Newspaper: The Dallas daily herald. [volume]
Place of publication: Dallas, Tex.
Publisher: Jno. W. Swindells & Co.
Date: 1880-11-17 00:00:00
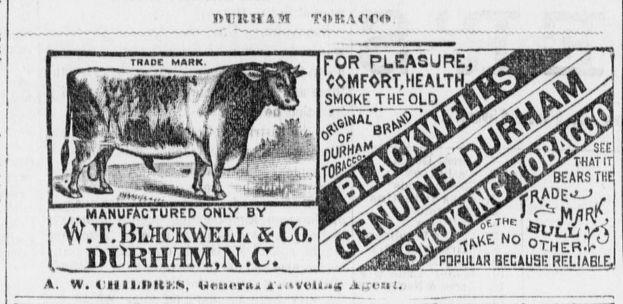
Advertisement text (OCR):
iri: Hin THAOC MAHK . MANUFACTURED ONLY BY W.T.I Ia&ckyv'ell s Co. DflKHIM.lV.C. A. W. Hll.ltltl'.ai, IJeiierui A. ,voll.. Ai ul. to sea cm poR pleasure:, witirvKi.ritntin- SMOKE THE OLD. TIATIT1 BEARS THE J MflRtC THE" cJ'lV PDPUUR BECAUSE REUABLEj La y irs stwtxmwr
Label: illustrations